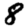
Digit: 8